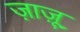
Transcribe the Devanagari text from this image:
ज़ाज़ू